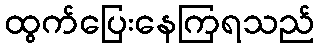
ထွက်ပြေးနေကြရသည်